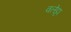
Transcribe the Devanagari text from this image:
वलेट्टा